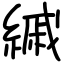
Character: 縬